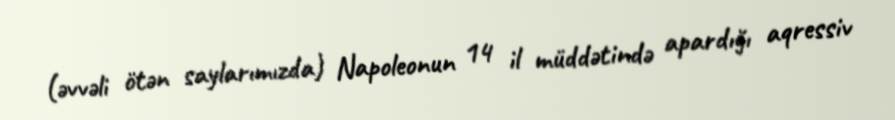
(əvvəli ötən saylarımızda) Napoleonun 14 il müddətində apardığı aqressiv